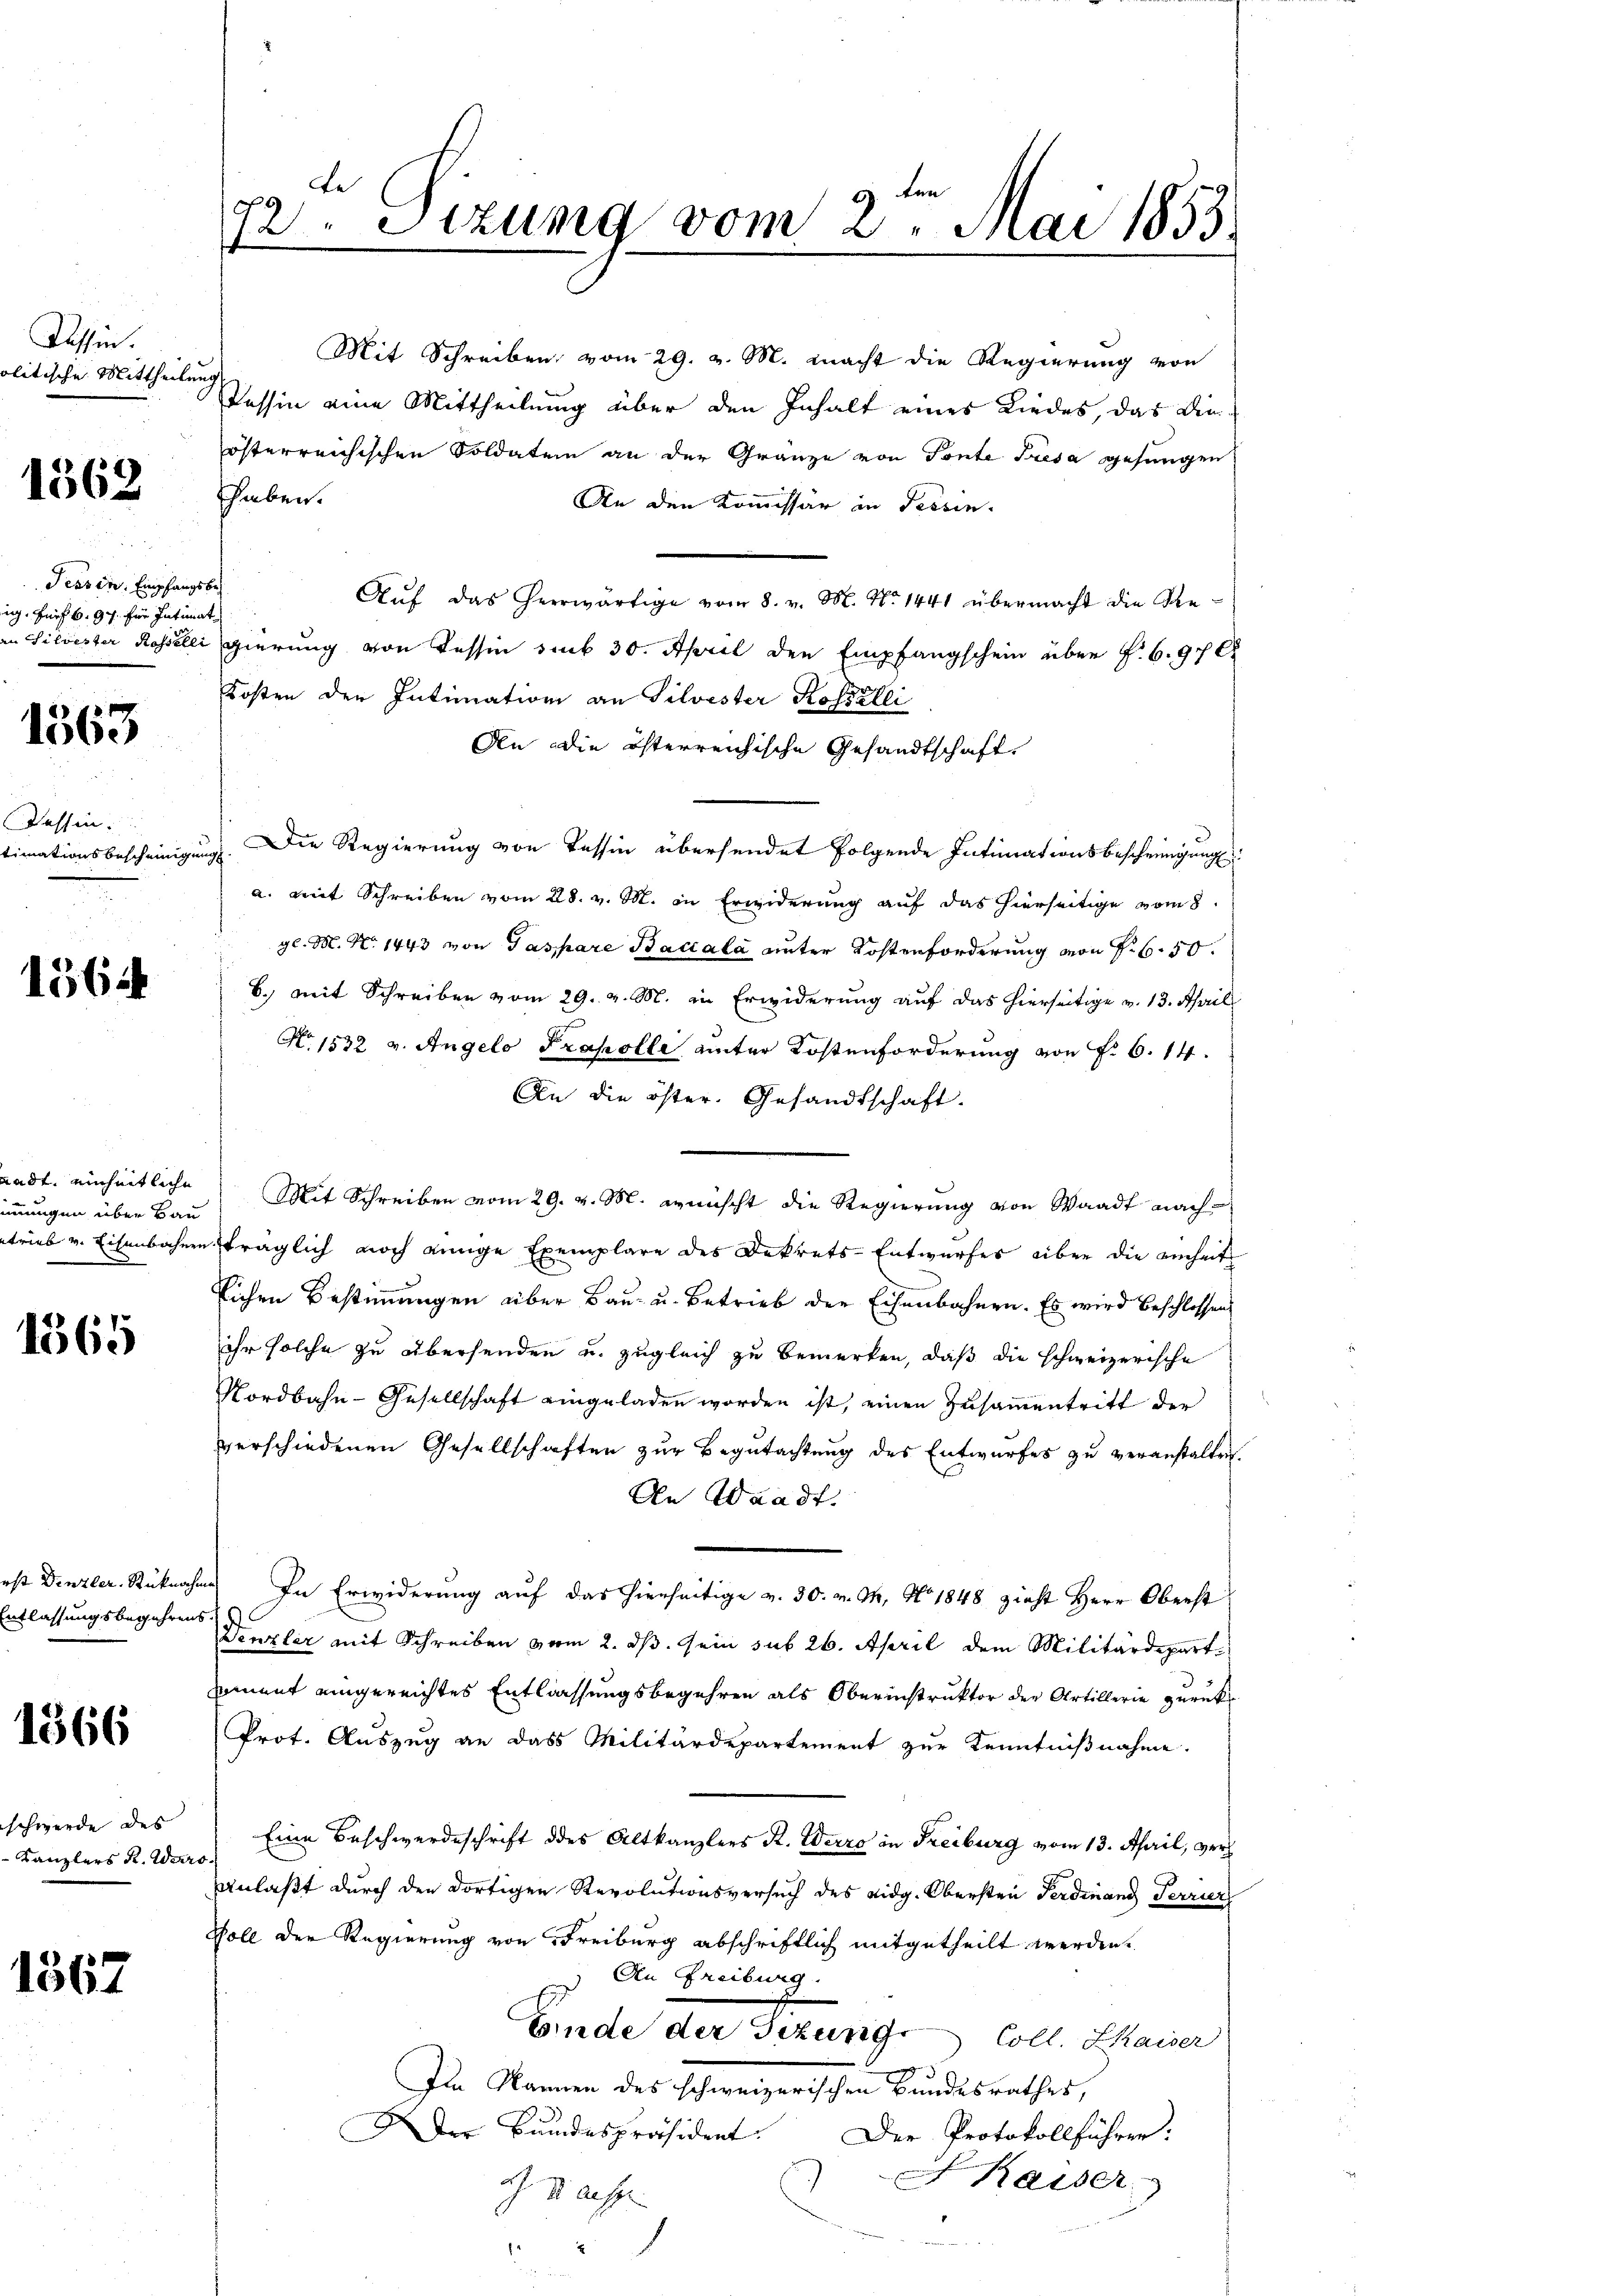
Tessin.
olitische Mittheilung

1562

Tessin, Empfangsbe
ig. Fürst 6. 97. für Intim

1563

Tessin
timationsbescheinige

1564

adt, einheitliche
mungen über Ba
trieb v. Eisenbahn.

1565

ist Denzler Rückna
Entlassungsbegehren

1366

schwerde des
Kanzlers R. Wer

1367

Le
72. Sitzung vom 2. Mai 1853.

Mit Schreiben vom 29. v. M. macht die Regierung von
Tessin eine Mittheilung über den Inhalt eines Liedes, das die
österreichischen Soldaten an der Gränze von Tonte Tresa gesungen
sheben.
An den Kommissär in Tessin.
Auf das Heerwärtige vom 8. v. M. No 1441 übermacht die Reat.
u Silvester Rosselli gierung von Tessin sub 30. April den Empfangschein über f. 6. 97 C
Kosten der Intimation an Silvester Kossalli
An die österreichische Gesandtschaft.
Die Regierung von Tessin übersendet folgende Intimationsbescheinigung
ug
a. mit Schreiben vom 28. v. M. in Erwiderung auf das hierseitige vom 8.
gl. M. N. 1443 von Gaspare Baccala unter Kostenforderung von Fr. 650.
b. mit Schreiben vom 29. v. M. in Erwiderung auf das hierseitige v. 13. Aprill
No 1532 v. Angelo Prakolle unter Kostenforderung von Fr. 6. 14.
An die öster. Gesandtschaft.
Mit Schreiben vom 29. v. M. annischt die Regierung von Waadt nach-
in träglich noch einige Exemplare des Dekrets-Entwurfes über die einheit
lichen Bestimmungen über Bau- u. Betrieb der Eisenbahnen. Es wird beschlossen
ihr solche zu übersenden u. zugleich zu bemerken, daß die schweizerische
Nordbahn-Gesellschaft eingeladen worden ist, einen Zusammentritt der
verschiedenen Gesellschaften zur Begutachtung des Entwurfes zu veranstalten.
An Waadt.
hen. In Erwiderung auf das hierseitige v. 30. v. M. No. 1848 zieht Herr Oberst
5
Wenzler mit Schreiben vom 2. ds. sein sub 26. April dem Militärdepart
sament eingereichtes Entlassungsbegehren als Oberinstruktor der Artillerie zurück
Prot. Auszug an das Militärdepartement zur Kenntnißnahme.
 Eine Beschwerdeschrift des Altkanzlers R. Werre in Freiburg vom 13. April, veranlaßt durch den dortigen Revolutionsversuch des eidg. Obersten Ferdinand Terrier
Soll der Regierung von Freiburg abschriftlich mitgetheilt werden.
An Freiburg.
Finde der Gezung Coll. Kaiser
Im Namen des schweizerischen Bundesrathes,
ADer Bundespräsident. Der Protokollführen:
 Kaiser
G. u. ausge
2